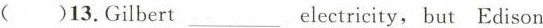
( )13.Gilbert___electricity, but Edison